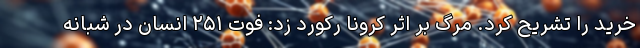
خرید را تشریح کرد. مرگ بر اثر کرونا رکورد زد: فوت ۲۵۱ انسان در شبانه